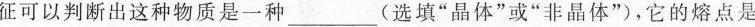
征可以判断出这种物质是一种___(选填”晶体”或”非晶体”，它的熔点是